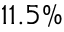
1 1 . 5 \%